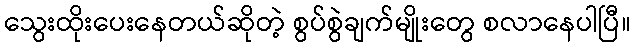
သွေးထိုးပေးနေတယ်ဆိုတဲ့ စွပ်စွဲချက်မျိုးတွေ စလာနေပါပြီ။